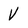
Character: V